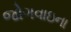
જોગવાઇના